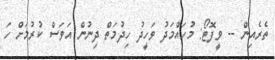
ތެރެއިން -- ވީފޮޓޯ: މުހައްމަދު ވަހީދު ހިދުމަތް ދިނުން އަވަސް ކުރުމަށް ހަ